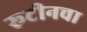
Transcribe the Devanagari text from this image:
रूटीनचा